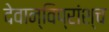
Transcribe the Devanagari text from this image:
देवान्विप्रांश्च